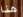
هنا